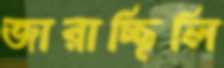
জারাচ্ছিলি